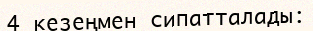
4 кезеңмен сипатталады: